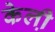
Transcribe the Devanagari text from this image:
केली़